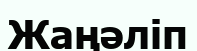
Жаңәліп